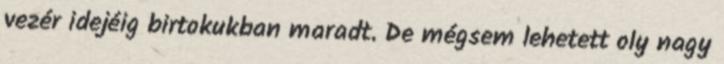
vezér idejéig birtokukban maradt. De mégsem lehetett oly nagy